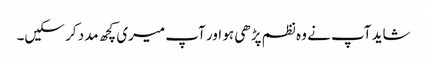
شاید آپ نے وہ نظم پڑھی ہو اور آپ میری کچھ مدد کر سکیں۔